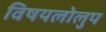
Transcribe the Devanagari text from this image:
विषयलोलुप